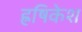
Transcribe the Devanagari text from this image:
ह्रषिकेश